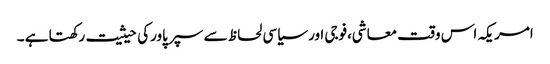
امریکہ اس وقت معاشی،فوجی اور سیاسی لحاظ سے سپر پاورکی حیثیت رکھتا ہے ۔